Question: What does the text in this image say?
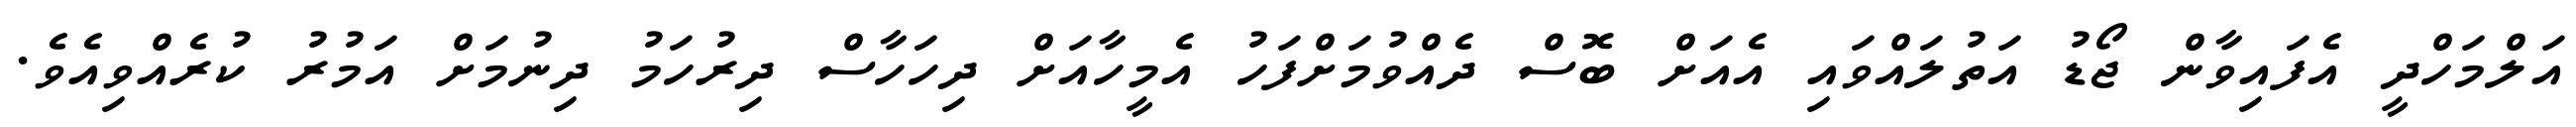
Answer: އަލްމަހްދީ އެފައިވާން ޖޯޑު އަތުލައްވައި އެއަށް ބޮސް ދެއްވުމަށްފަހު އެމީހާއަށް ދިހަހާސް ދިރުހަމު ދިނުމަށް އަމުރު ކުރެއްވިއެވެ.